Report on vaccination in Madras 1877-1894 - 1877-1894
Year: 1877
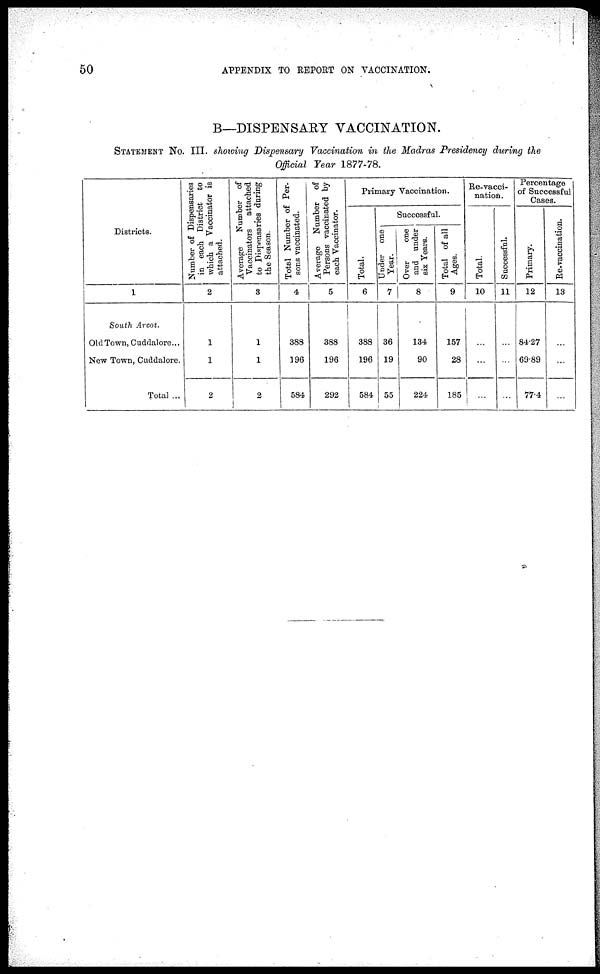
50
APPENDIX TO REPORT ON VACCINATION.
B—DISPENSARY VACCINATION.
STATEMENT NO. III. showing Dispensary Vaccination in the Madras Presidency during the
Official Year 1877-78.
Districts.
1
South Arcot.
Old Town, Cuddalore...
New Town, Cuddalore.
Total ...
Number of Dispensaries
in each District to
which a Vaccinator is
attached.
2
1
1
2
Average
Number of
Vaccinators
attached
to Dispensaries during
the Season.
3
1
1
2
Total Number of Per-
sons vaccinated.
4
388
196
584
Average Number of
Persons vaccinated by
each Vaccinator.
5
388
196
292
Primary Vaccination.
Total.
6
388
196
584
Successful.
Under one
Year.
7
36
19
55
Over
one
and under
six Years.
8
134
90
224
Total of all
Ages.
9
157
28
185
Re-vacci-
nation.
Total.
10
...
...
...
Successful.
11
...
...
...
Percentage
of Successful
Cases.
Primary.
12
84.27
69.89
77.4
Re-vaccination.
13
...
...
...